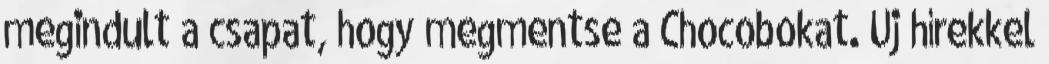
megindult a csapat, hogy megmentse a Chocobokat. Új hírekkel